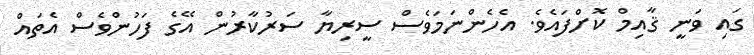
ގައި ވަނީ ޤާއިމް ކޮށްފައެވެ. އެހެންނަމަވެސް ސީރިޔާ ސަރުކާރުން އޭގެ ފަހުންވެސް އެތައް